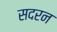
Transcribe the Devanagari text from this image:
सदरन